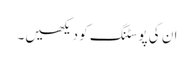
ان کی پوسٹنگ کو دیکھیں۔